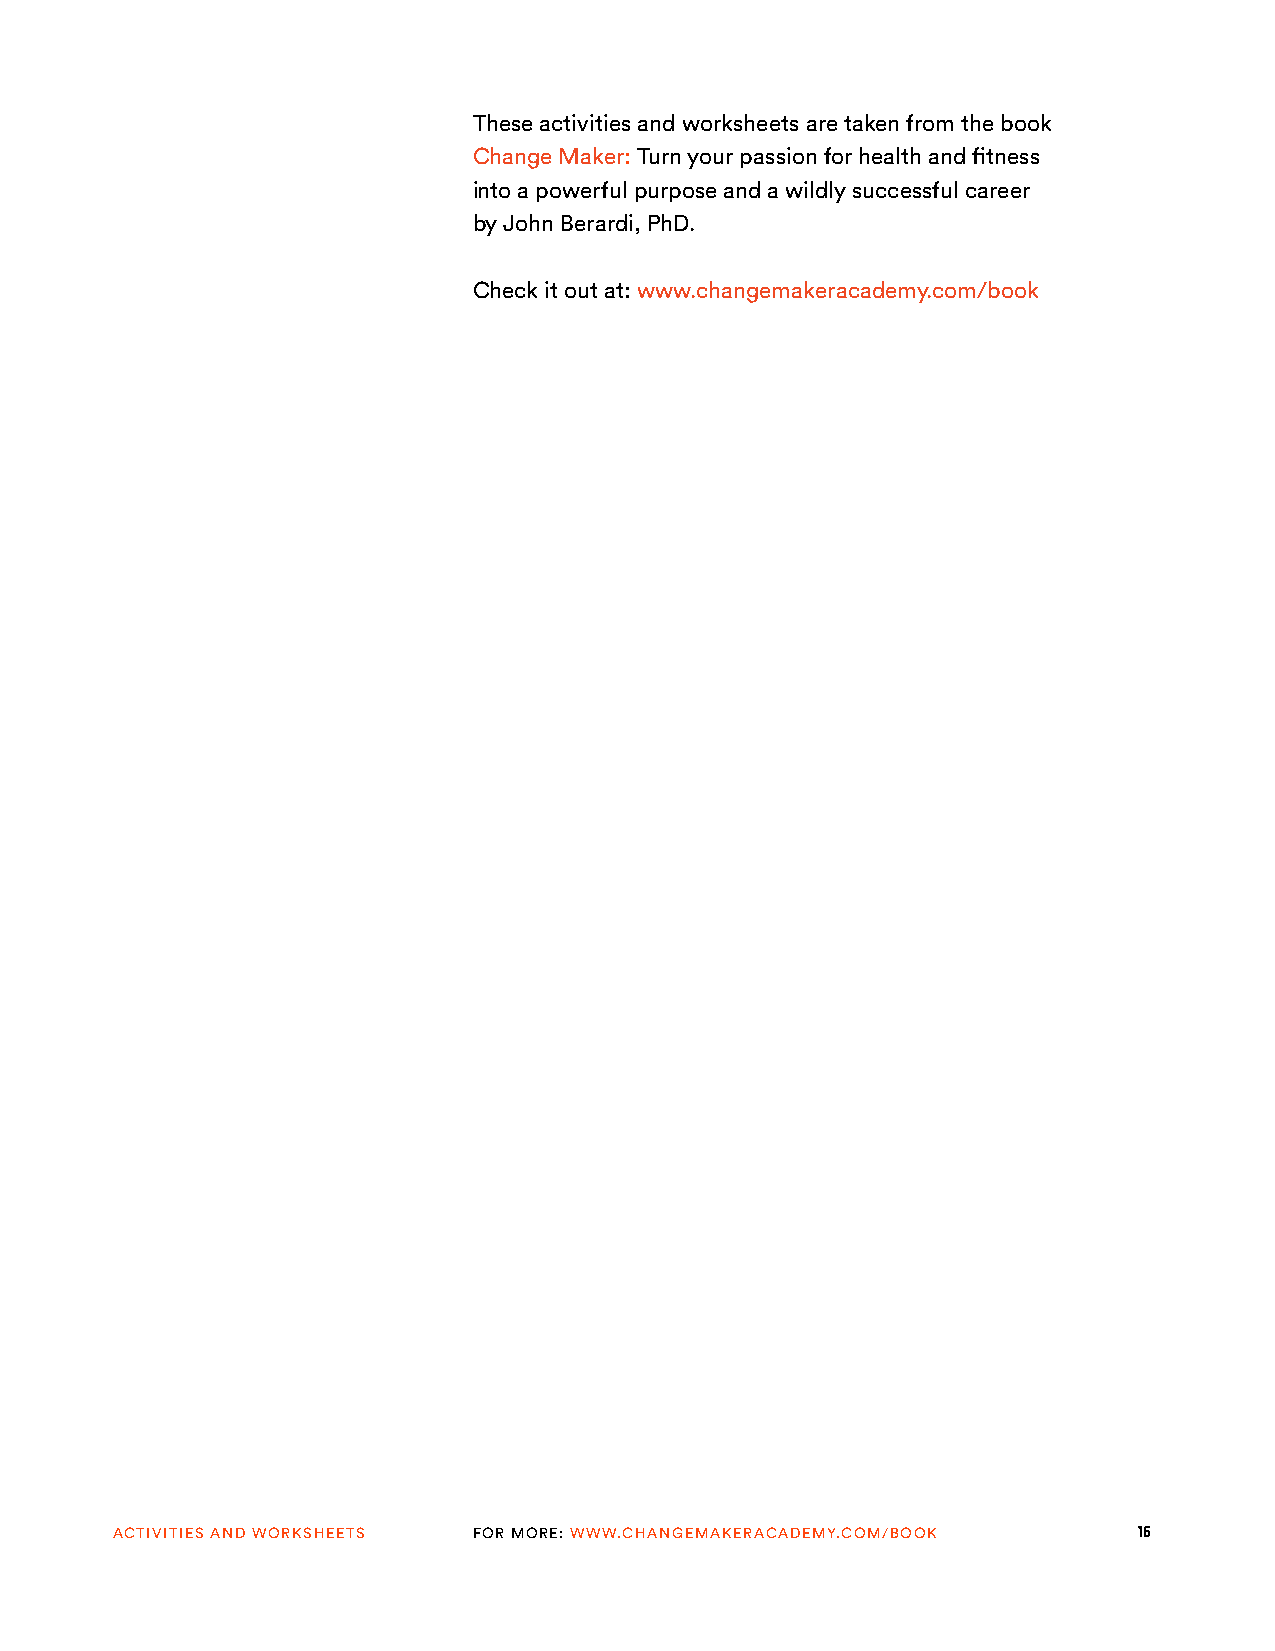
These activities and worksheets are taken from the book
 Change Maker: Turn your passion for health and fitness
 into a powerful purpose and a wildly successful career
 by John Berardi, PhD.
 Check it out at: www.changemakeracademy.com/book
 ACTIVITIES AND WORKSHEETS FOR MORE: WWW.CHANGEMAKERACADEMY.COM/BOOK 16